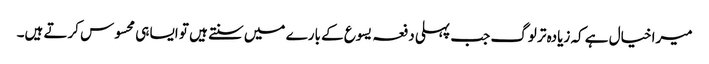
میرا خیال ہے کہ زیادہ تر لوگ جب پہلی دفعہ یسوع کے بارے میں سنتے ہیں تو ایسا ہی محسوس کرتے ہیں۔